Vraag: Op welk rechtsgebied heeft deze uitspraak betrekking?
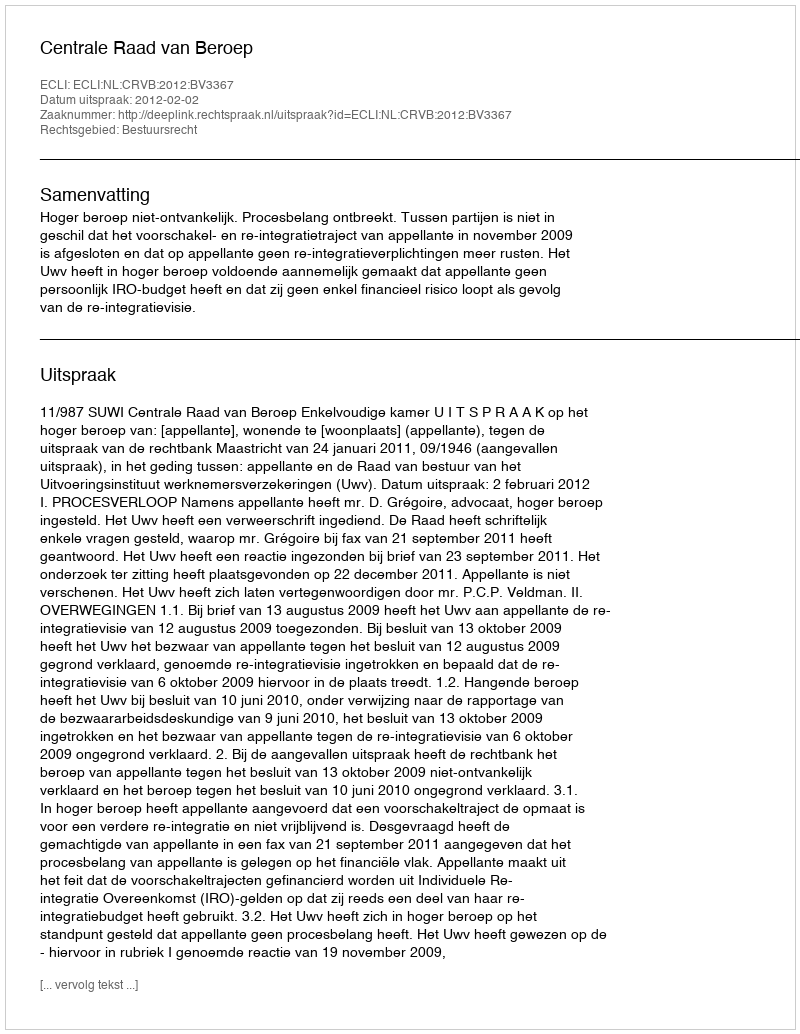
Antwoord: Bestuursrecht